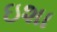
ઇશા